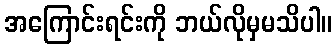
အကြောင်းရင်းကို ဘယ်လိုမှမသိပါ။